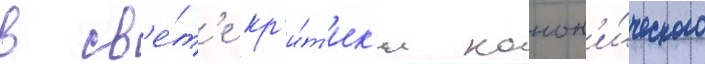
в св'е́т'е кр'и́т'ик'и канон'и́ческого